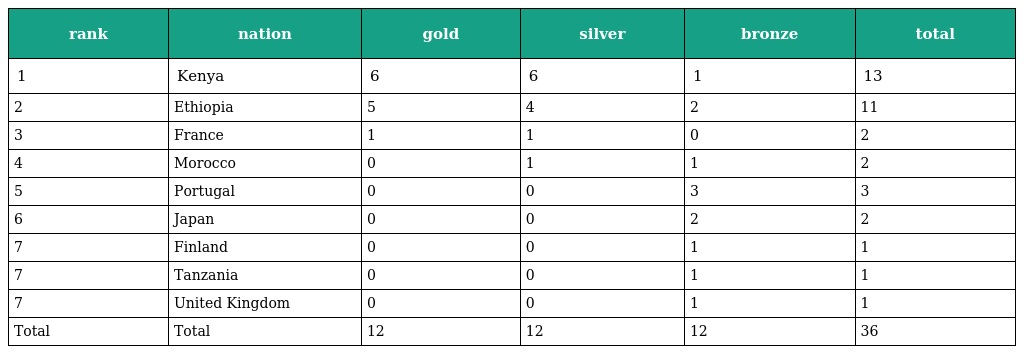
| rank | nation | gold | silver | bronze | total |
 | --- | --- | --- | --- | --- | --- |
 | 1 | Kenya | 6 | 6 | 1 | 13 |
 | 2 | Ethiopia | 5 | 4 | 2 | 11 |
 | 3 | France | 1 | 1 | 0 | 2 |
 | 4 | Morocco | 0 | 1 | 1 | 2 |
 | 5 | Portugal | 0 | 0 | 3 | 3 |
 | 6 | Japan | 0 | 0 | 2 | 2 |
 | 7 | Finland | 0 | 0 | 1 | 1 |
 | 7 | Tanzania | 0 | 0 | 1 | 1 |
 | 7 | United Kingdom | 0 | 0 | 1 | 1 |
 | Total | Total | 12 | 12 | 12 | 36 |